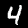
Label: 4